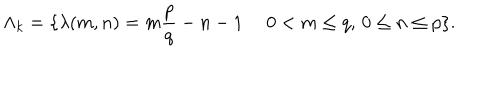
\Lambda _ { k } = \{ \lambda ( m , n ) = m \frac { p } { q } - n - 1 \, : \; 0 < m \leq q , \, 0 \leq n \leq p \} .